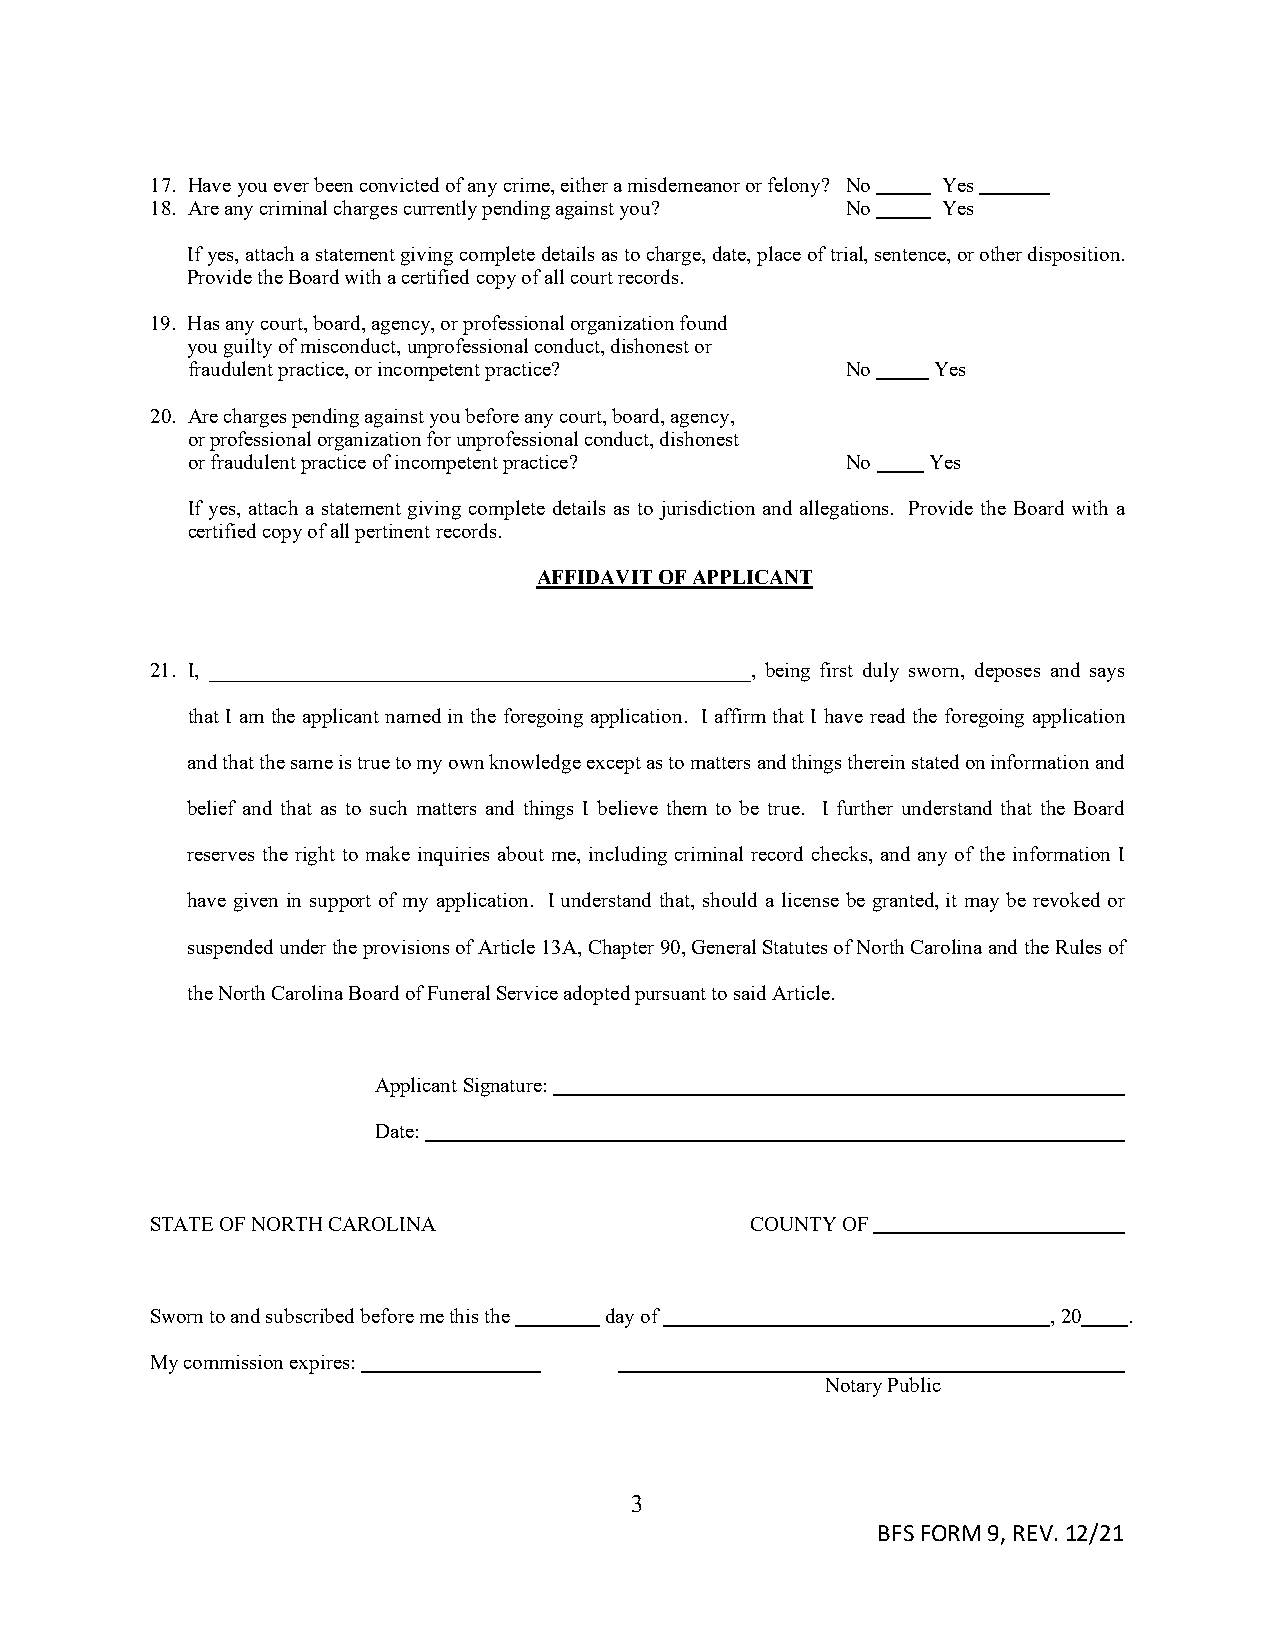
17. Have you ever been convicted of any crime, either a misdemeanor or felony? No Yes
 18. Are any criminal charges currently pending against you? No Yes
 If yes, attach a statement giving complete details as to charge, date, place of trial, sentence, or other disposition.
 Provide the Board with a certified copy of all court records.
 19. Has any court, board, agency, or professional organization found
 you guilty of misconduct, unprofessional conduct, dishonest or
 fraudulent practice, or incompetent practice? No  Yes
 20. Are charges pending against you before any court, board, agency,
 or professional organization for unprofessional conduct, dishonest
 or fraudulent practice of incompetent practice? No Yes
 If yes, attach a statement giving complete details as to jurisdiction and allegations. Provide the Board with a
 certified copy of all pertinent records.
 AFFIDAVIT OF APPLICANT
 21. I, ____________________________________________________, being first duly sworn, deposes and says
 that I am the applicant named in the foregoing application. I affirm that I have read the foregoing application
 and that the same is true to my own knowledge except as to matters and things therein stated on information and
 belief and that as to such matters and things I believe them to be true. I further understand that the Board
 reserves the right to make inquiries about me, including criminal record checks, and any of the information I
 have given in support of my application. I understand that, should a license be granted, it may be revoked or
 suspended under the provisions of Article 13A, Chapter 90, General Statutes of North Carolina and the Rules of
 the North Carolina Board of Funeral Service adopted pursuant to said Article.
 Applicant Signature:
 Date:
 STATE OF NORTH CAROLINA                 COUNTY OF
 Sworn to and subscribed before me this the day of           , 20 .
 My commission expires:
 Notary Public
 3
 BFS FORM 9, REV. 12/21